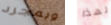
وبمجرد لهذا